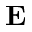
\textbf { E }